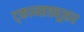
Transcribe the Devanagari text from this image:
ट्कान्सड्यूसर